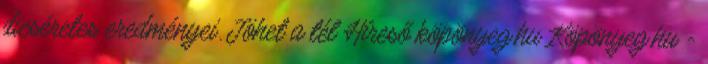
dicséretes eredményei. Jöhet a tél Híreső köpönyeg.hu Köpönyeg.hu -